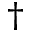
^ \dag